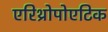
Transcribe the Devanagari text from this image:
एरिथ्रोपोएटिक